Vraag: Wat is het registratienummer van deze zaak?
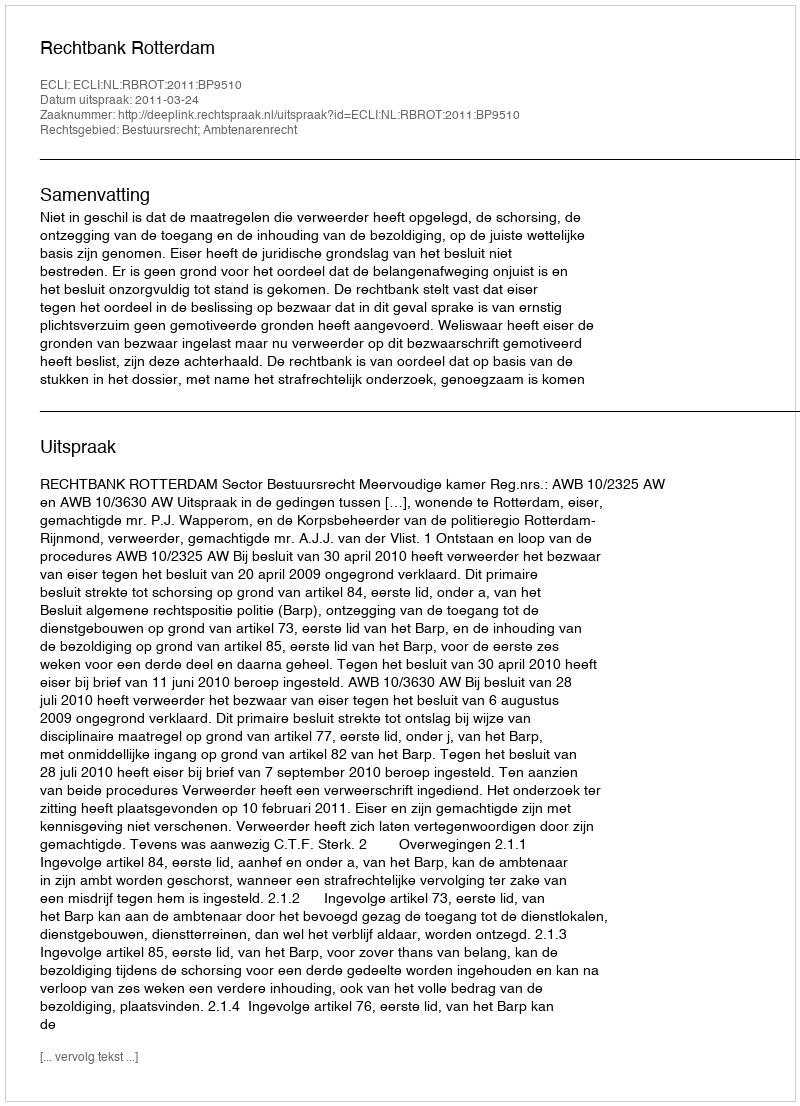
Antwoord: http://deeplink.rechtspraak.nl/uitspraak?id=ECLI:NL:RBROT:2011:BP9510